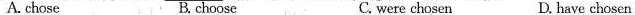
A.chose B.choose C.were chosen D.have chosen